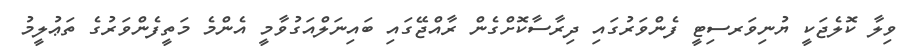
ވިލާ ކޮލެޖަކީ ޔުނިވަރސިޓީ ފެންވަރުގައި ދިރާސާކޮށްގެން ރާއްޖޭގައި ބައިނަލްއަގުވާމީ އެންމެ މަތީފެންވަރުގެ ތަޢުލީމު